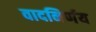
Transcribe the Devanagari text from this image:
वादनिर्णय